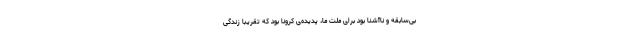
بی‌سابقه و ناآشنا بود برای ملّت ما، پدیده‌ی کرونا بود که تقریباً زندگی